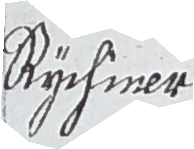
Bychmer